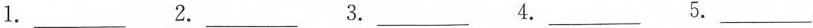
1.___ 2. ___3.___ 4.___5.___